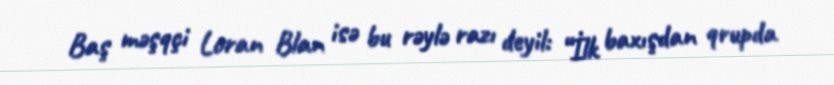
Baş məşqçi Loran Blan isə bu rəylə razı deyil: “İlk baxışdan qrupda